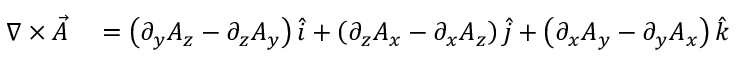
\begin{array} { r l } { \nabla \times { \vec { A } } } & { { } = \left( \partial _ { y } A _ { z } - \partial _ { z } A _ { y } \right) { \hat { i } } + \left( \partial _ { z } A _ { x } - \partial _ { x } A _ { z } \right) { \hat { j } } + \left( \partial _ { x } A _ { y } - \partial _ { y } A _ { x } \right) { \hat { k } } } \end{array}